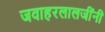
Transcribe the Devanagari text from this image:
जवाहरलालजींनी